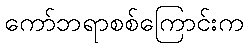
ကော်ဘရာစစ်ကြောင်းက